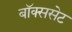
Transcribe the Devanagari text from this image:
बॉक्ससेट